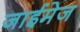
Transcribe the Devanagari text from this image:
जाईमेज